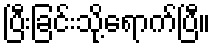
ပြီးခြင်းသို့ရောက်ပြီ။